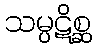
သမ္ပဋိစ္ဆ